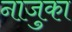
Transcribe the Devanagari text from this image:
नाजुका